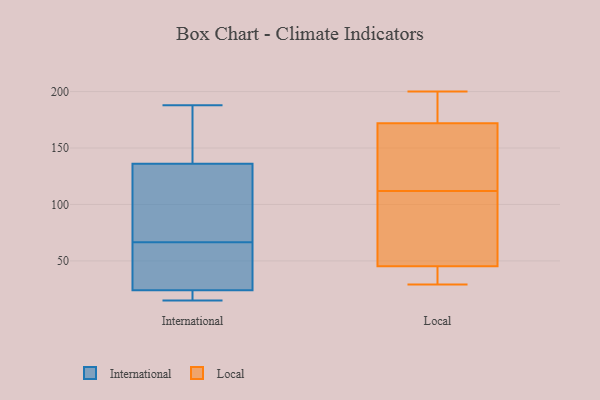
{"axis": {"x": "Churn Rate (%)", "y": "Value"}, "legend": ["International", "Local"], "data": [{"x": "", "y": 73, "type": "International"}, {"x": "", "y": 187, "type": "International"}, {"x": "", "y": 116, "type": "International"}, {"x": "", "y": 188, "type": "International"}, {"x": "", "y": 60, "type": "International"}, {"x": "", "y": 24, "type": "International"}, {"x": "", "y": 21, "type": "International"}, {"x": "", "y": 44, "type": "International"}, {"x": "", "y": 136, "type": "International"}, {"x": "", "y": 15, "type": "International"}, {"x": "", "y": 123, "type": "Local"}, {"x": "", "y": 40, "type": "Local"}, {"x": "", "y": 38, "type": "Local"}, {"x": "", "y": 150, "type": "Local"}, {"x": "", "y": 33, "type": "Local"}, {"x": "", "y": 172, "type": "Local"}, {"x": "", "y": 98, "type": "Local"}, {"x": "", "y": 161, "type": "Local"}, {"x": "", "y": 172, "type": "Local"}, {"x": "", "y": 95, "type": "Local"}, {"x": "", "y": 200, "type": "Local"}, {"x": "", "y": 47, "type": "Local"}, {"x": "", "y": 100, "type": "Local"}, {"x": "", "y": 197, "type": "Local"}, {"x": "", "y": 184, "type": "Local"}, {"x": "", "y": 112, "type": "Local"}, {"x": "", "y": 29, "type": "Local"}]}